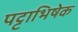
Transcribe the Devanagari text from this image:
पट्टाभिषेक